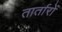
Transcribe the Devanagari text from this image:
तार्तारों